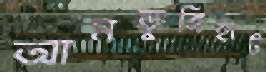
আমডুঙ্গিহাট